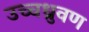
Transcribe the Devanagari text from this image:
उच्चध्रुवण